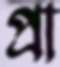
প্রা